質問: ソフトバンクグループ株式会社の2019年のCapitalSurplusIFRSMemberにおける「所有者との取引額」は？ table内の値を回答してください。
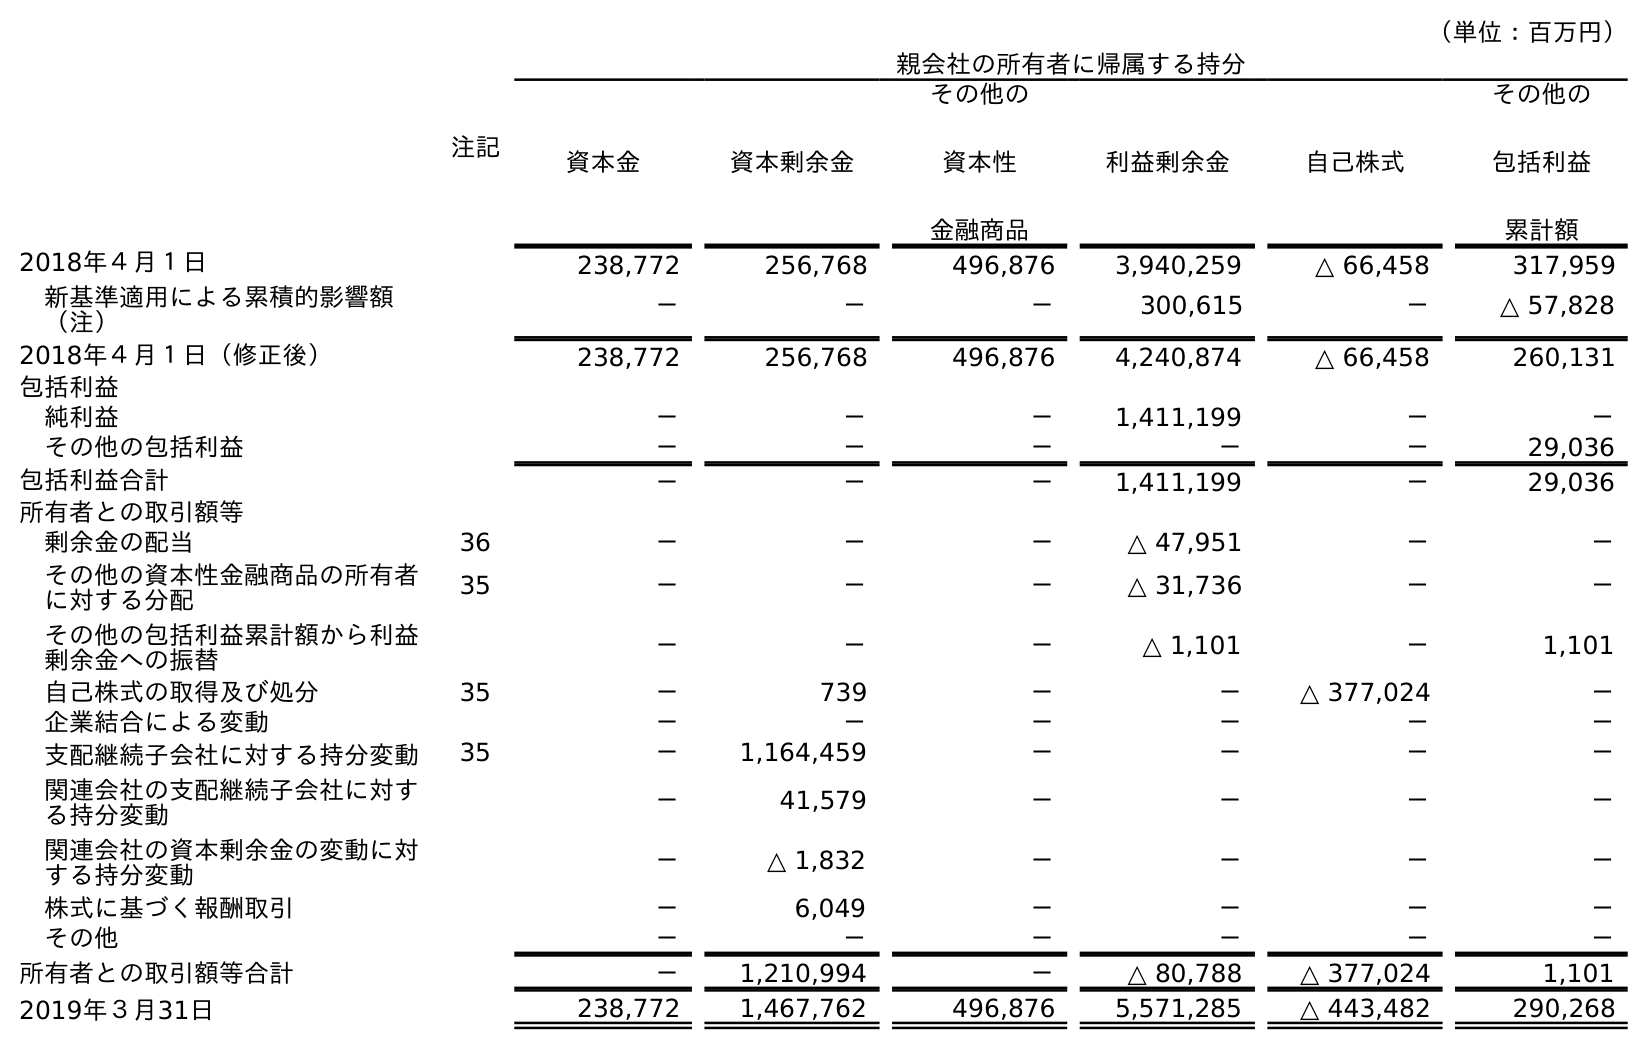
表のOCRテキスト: （単位：百万円） 注記 親会社の所有者に帰属する持分 資本金 資本剰余金 その他の 資本性 金融商品 利益剰余金 自己株式 その他の 包括利益 累計額 2018年４月１日 238,772 256,768 496,876 3,940,259 △ 66,458 317,959 新基準適用による累積的影響額 （注） － － － 300,615 － △ 57,828 2018年４月１日（修正後） 238,772 256,768 496,876 4,240,874 △ 66,458 260,131 包括利益 純利益 － － － 1,411,199 － － その他の包括利益 － － － － － 29,036 包括利益合計 － － － 1,411,199 － 29,036 所有者との取引額等 剰余金の配当 36 － － － △ 47,951 － － その他の資本性金融商品の所有者 に対する分配 35 － － － △ 31,736 － － その他の包括利益累計額から利益 剰余金への振替 － － － △ 1,101 － 1,101 自己株式の取得及び処分 35 － 739 － － △ 377,024 － 企業結合による変動 － － － － － － 支配継続子会社に対する持分変動 35 － 1,164,459 － － － － 関連会社の支配継続子会社に対す る持分変動 － 41,579 － － － － 関連会社の資本剰余金の変動に対 する持分変動 － △ 1,832 － － － － 株式に基づく報酬取引 － 6,049 － － － － その他 － － － － － － 所有者との取引額等合計 － 1,210,994 － △ 80,788 △ 377,024 1,101 2019年３月31日 238,772 1,467,762 496,876 5,571,285 △ 443,482 290,268
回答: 1,210,994